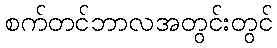
စက်တင်ဘာလအတွင်းတွင်